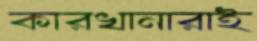
কারখানারাই